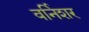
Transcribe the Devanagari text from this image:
वर्निशर